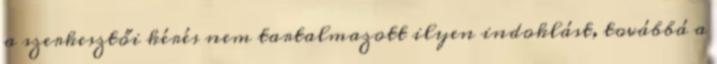
a szerkesztői kérés nem tartalmazott ilyen indoklást, továbbá a